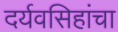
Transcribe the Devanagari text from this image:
दर्यवसिहांचा